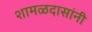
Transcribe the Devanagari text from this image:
शामळदासांनी